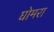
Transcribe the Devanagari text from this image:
घोमरा